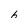
Character: 6